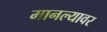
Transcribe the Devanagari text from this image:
मानल्यावर